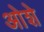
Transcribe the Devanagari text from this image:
ओशे